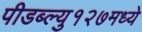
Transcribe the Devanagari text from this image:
पीडब्ल्यु१२७मध्ये